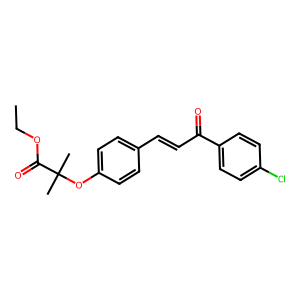
SMILES: CCOC(=O)C(C)(C)Oc1ccc(C=CC(=O)c2ccc(Cl)cc2)cc1
Inhibits HIV replication: No